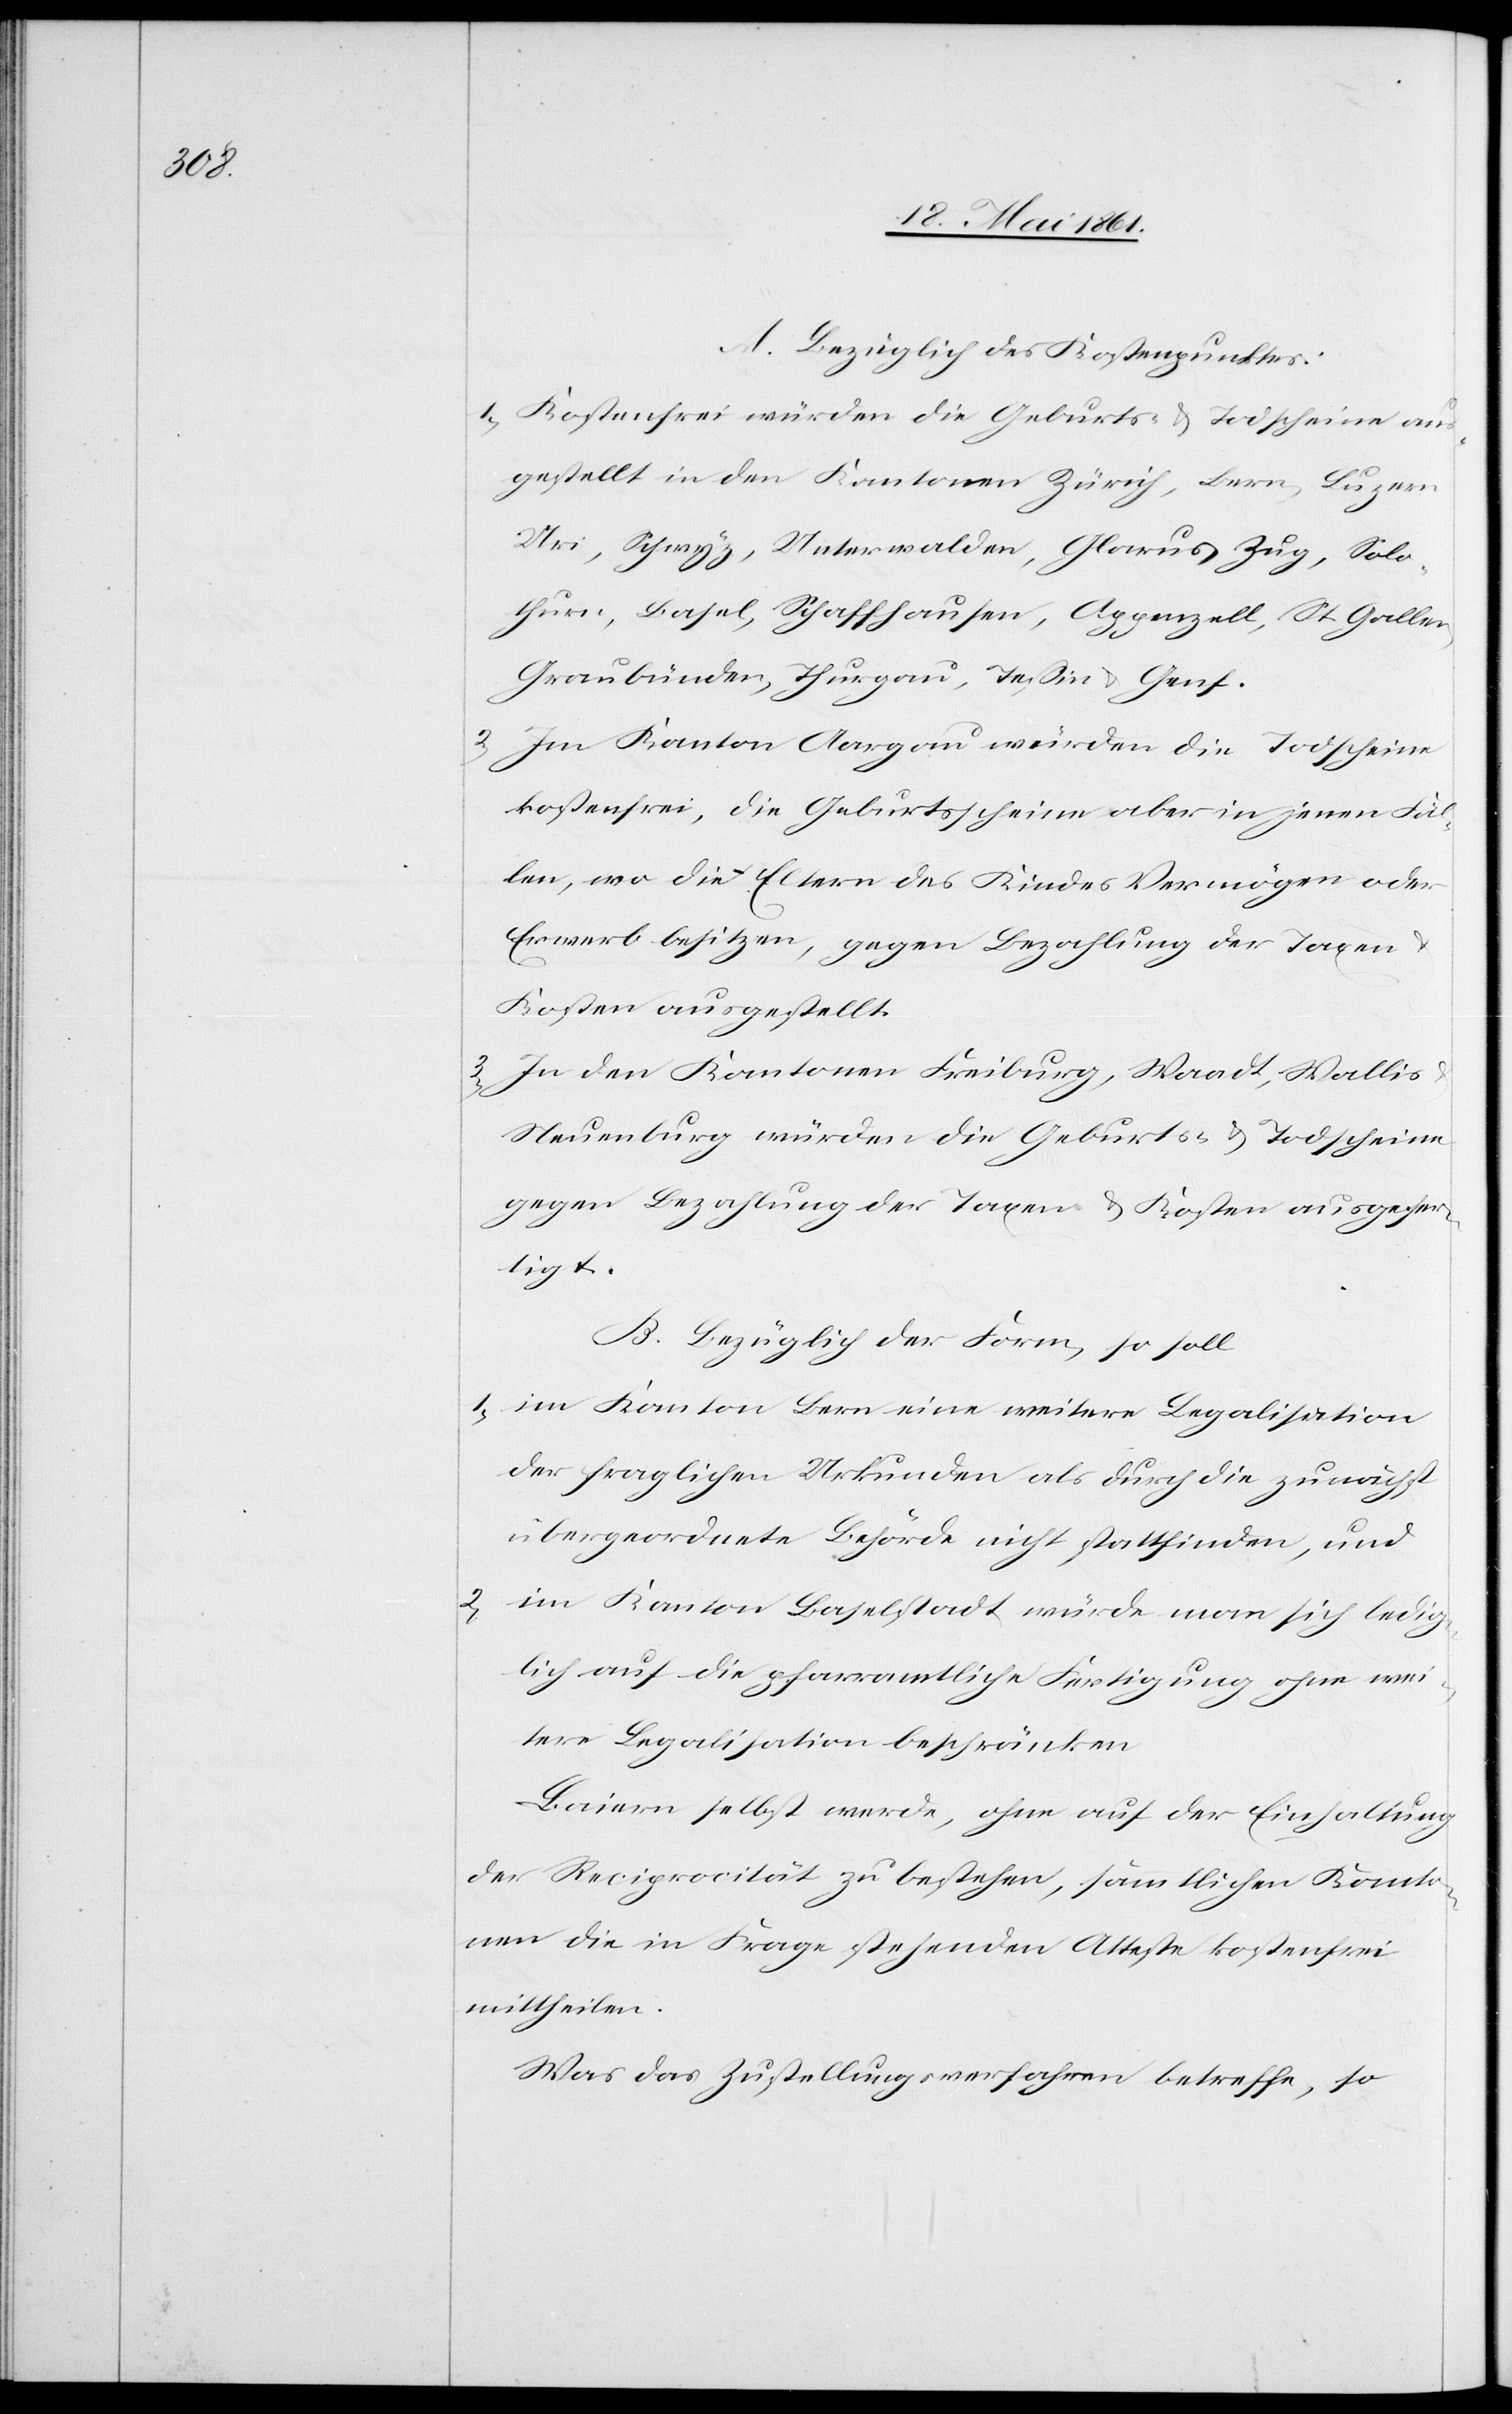
A. Bezüglich des Kostenpunktes:
1) Kostenfrei würden die Geburts- u. Todscheine aus¬
gestellt in den Kantonen Zürich, Bern, Luzern,
Uri, Schwyz, Unterwalden, Glarus, Zug, Solo¬
thurn, Basel, Schaffhausen, Appenzell, St. Gallen,
Graubünden, Thurgau, Tessin u. Genf.
2) Im Kanton Aargau würden die Todscheine
kostenfrei, die Geburtsscheine aber in jenen Fäl¬
len, wo die Eltern des Kindes Vermögen oder
Erwerb besitzen, gegen Bezahlung der Taxen
Kosten ausgestellt.
3) In den Kantonen Freiburg, Waadt, Wallis
Neuenburg würden die Geburts- u. Todscheine
gegen Bezahlung der Taxen u. Kosten ausgefer¬
tigt.
B. Bezüglich der Form, so soll
1) im Kanton Bern eine weitere Legalisation
der fraglichen Urkunden als durch die zunächst
übergeordnete Behörde nicht stattfinden, und
2) im Kanton Baselstadt würde man sich ledig¬
lich auf die pfarramtliche Fertigung ohne wei¬
tere Legalisation beschränken.
Baiern selbst werde, ohne auf der Einhaltung
der Reciprocität zu bestehen, sämtlichen Kanto¬
nen die in Frage stehenden Atteste kostenfrei
mittheilen.
Was das Zustellungsverfahren betreffe, so